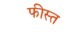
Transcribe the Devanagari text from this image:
फीस्त